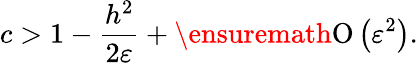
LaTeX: c>1-\frac{h^{2}}{2\varepsilon}+\ensuremath{\operatorname{O}\left(\varepsilon^{2}\right)}.